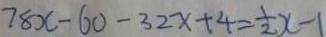
7 8 x - 6 0 - 3 2 x + 4 = \frac { 1 } { 2 } x - 1